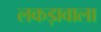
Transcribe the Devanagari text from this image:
लकड़ावाला